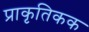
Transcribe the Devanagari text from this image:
प्राकृतिकक